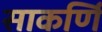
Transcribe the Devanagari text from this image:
साकर्णि